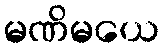
မဏိမယေ